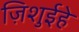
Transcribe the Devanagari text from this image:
ज़िशुईहे